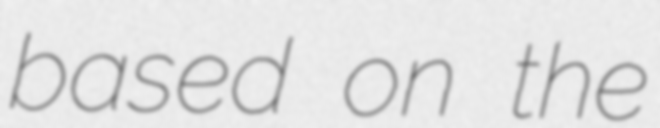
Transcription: based on the